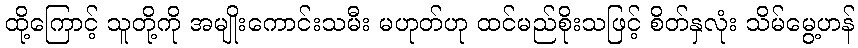
ထို့ကြောင့် သူတို့ကို အမျိုးကောင်းသမီး မဟုတ်ဟု ထင်မည်စိုးသဖြင့် စိတ်နှလုံး သိမ်မွေ့ဟန်